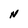
Character: N